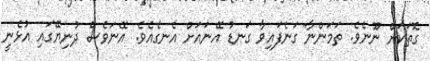
ގޮތަކަށް ނޫނެވެ. ތަމަންނާ ގަނެފައިވާ ގަނޑު އޭނައަށް އެނގެއެވެ. އޭނަވެސް ދުނިޔޭގައި އުޅެނީ